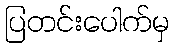
ပြတင်းပေါက်မှ